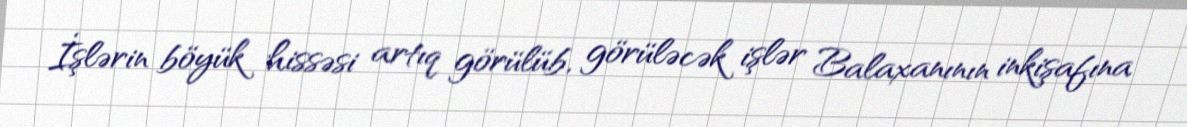
İşlərin böyük hissəsi artıq görülüb, görüləcək işlər Balaxanının inkişafına